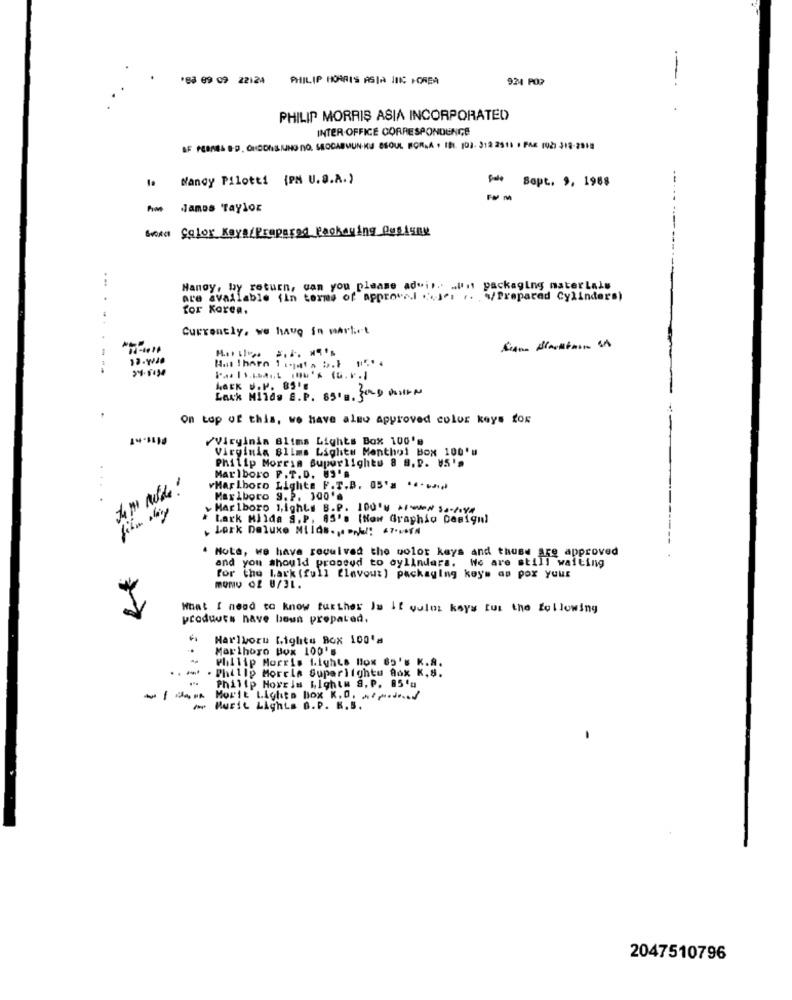
'83 69 09 22124
PHILIP HORRIS ASIA JIK HOREA
924 POR
--
PHILIP MORRIS ASIA INCORPORATED
INTER-OFFICE CORRESPONDENCE
BF PERNES B.D. OHOONSINO NO, SEODABMUNKA SEOUL MOR,A , IBI. 103- 312 2511 1 PAR 102) 318-2018
Nancy Pilotti {PM U.S.A.)
pale Sopt. 9, 1988
hm James Taylor
Woona Color Kaya/Prepared Paokaying Ousiung
Handy, by return, can you please ad"ir .. . un packaging materials
are available (In terms of approval ". Je, ,. "/Prepared Cylinders)
for Korea.
Currently. we have in market
----
Lack Milds S. P. 85'B. SOLD KHAN
On top of this, we have also approved color keys for
Viryinin Blims Lights Box 100's
Virginia Blims Lights Menthol Box 100'u
Philip Morris Superlightu 8 9.2. 45'
Marlboro P. T.D. 89'A
vMarlboro Liglite F.T.B. 05's .....
Marlboro 9. P. 300'
film dig
Marlboro sights B.P. 100'NIN Sony
* Lark Milda S.P. 85'. (Now Graphic Design)
Lork Deluxe Milds. Pphu !! 47.v.A
--
. Nota, we have received the color keys and thuse are approved
and you should proosud to cylinders. We are still waiting
for the Lark (full flavour) packaging key's an por your
MOMO Of 8/3L.
What I need to know further Ju it vulos kays tut the following
produuts have boun prepared.
Harlyoru Lights Box 100'a
Marihoro Box 100's
. Philip Morela Superlightu Aox K,8.
Philip Morris Lights Box 85's K.A.
Philip Morris Lights S. P. 85'a
----
Morit Lighta Box K.0. „¢ ,......
www Murit Lights O.P. K.S.
2047510796